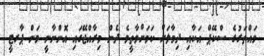
ވައްތަރުގެ ސްކޭޕް އަކާއި ދިމާލަށް ކަމަށްވާތީވެ ދެން މިރާއްޖޭގައި އޮންނާނީ ވަން ޕާރޓީ